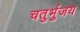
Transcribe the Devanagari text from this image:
चतुर्भुजय